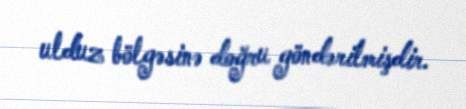
ulduz bölgəsinə doğru göndərilmişdir.